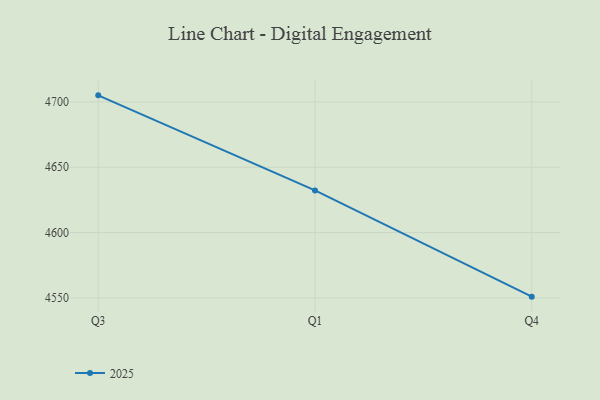
{"axis": {"x": "Quarter", "y": "Headcount"}, "legend": ["2025"], "data": [{"x": "Q3", "y": 4705.0, "type": "2025"}, {"x": "Q1", "y": 4632.3, "type": "2025"}, {"x": "Q4", "y": 4551.0, "type": "2025"}]}